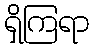
ရှိကြရာ